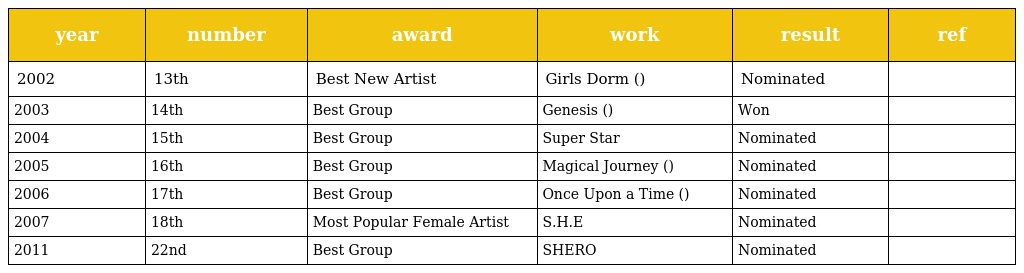
| year | number | award | work | result | ref |
 | --- | --- | --- | --- | --- | --- |
 | 2002 | 13th | Best New Artist | Girls Dorm (女生宿舍) | Nominated |  |
 | 2003 | 14th | Best Group | Genesis (美麗新世界) | Won |  |
 | 2004 | 15th | Best Group | Super Star | Nominated |  |
 | 2005 | 16th | Best Group | Magical Journey (奇幻旅程) | Nominated |  |
 | 2006 | 17th | Best Group | Once Upon a Time (不想長大) | Nominated |  |
 | 2007 | 18th | Most Popular Female Artist | S.H.E | Nominated |  |
 | 2011 | 22nd | Best Group | SHERO | Nominated |  |